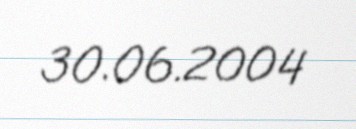
30.06.2004